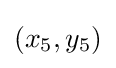
(x_{5},y_{5})